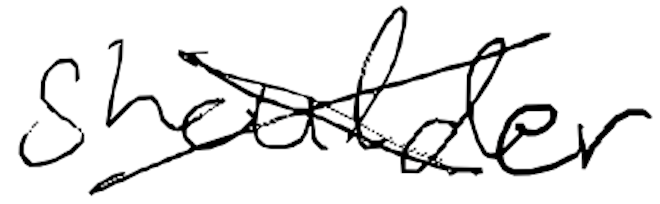
Text: shoulder
Cross-out: cross
Writing tool: digital_black